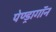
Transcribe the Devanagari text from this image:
पेण्ड्रागॉन